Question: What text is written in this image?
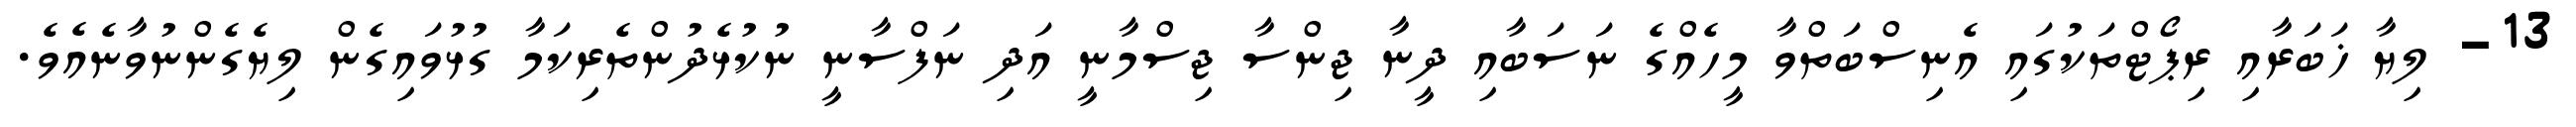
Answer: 13- ލިޔާ ޚަބަރާއި ރިޕޯޓްތަކުގައި އެނިސްބަތްވާ މީހެއްގެ ނަސަބާއި ދީނާ ޖިންސާ ޖިސްމާނީ އަދި ނަފްސާނީ ނުކުޅެދުންތެރިކަމާ ގުޅުވައިގެން ލިޔެގެންނުވާނެއެވެ.